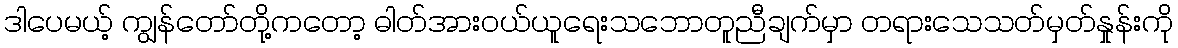
ဒါပေမယ့် ကျွန်တော်တို့ကတော့ ဓါတ်အားဝယ်ယူရေးသဘောတူညီချက်မှာ တရားသေသတ်မှတ်နှုန်းကို